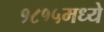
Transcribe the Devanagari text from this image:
१८१५मध्ये